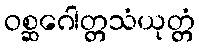
ဝစ္ဆဂေါတ္တသံယုတ္တံ